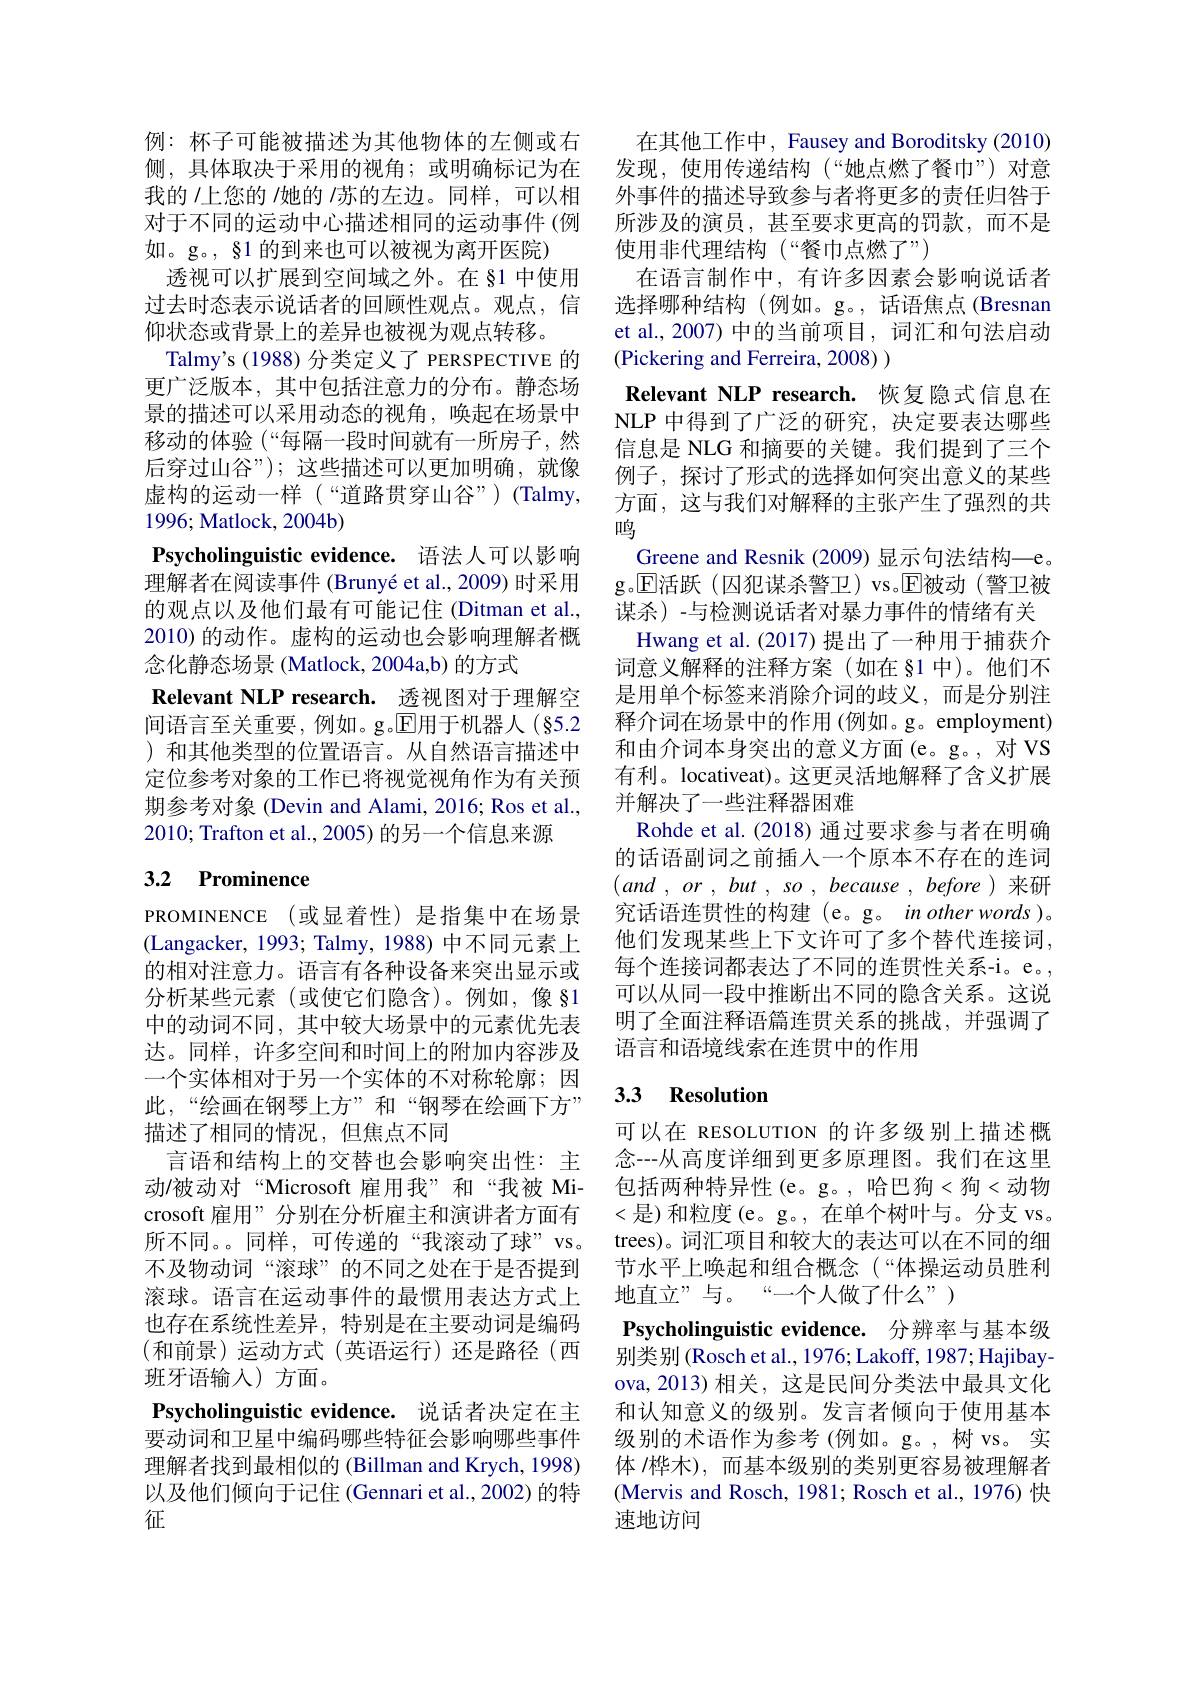
例：杯子可能被描述为其他物体的左侧或右侧，具体取决于采用的视角；或明确标记为在我的 /上您的 /她的 /苏的左边。同样，可以相对于不同的运动中心描述相同的运动事件(例如。g。, §1 的到来也可以被视为离开医院)
透视可以扩展到空间域之外。在 §1 中使用过去时态表示说话者的回顾性观点。观点，信仰状态或背景上的差异也被视为观点转移。
Talmy's (1988)分类定义了 PERSPECTIVE 的更广泛版本，其中包括注意力的分布。静态场景的描述可以采用动态的视角，唤起在场景中移动的体验(“每隔一段时间就有一所房子，然后穿过山谷”); 这些描述可以更加明确，就像虚构的运动一样(“道路贯穿山谷”)(Talmy, 1996; Matlock, 2004b)
Psycholinguistic evidence. 语法人可以影响理解者在阅读事件 (Brunyé et al., 2009) 时采用的观点以及他们最有可能记住 (Ditman et al., 2010)的动作。虚构的运动也会影响理解者概念化静态场景 (Matlock, 2004a,b) 的方式
Relevant NLP research. 透视图对于理解空间语言至关重要，例如。g.$\overline{\mathrm{E}}$用于机器人(§5.2 )和其他类型的位置语言。从自然语言描述中定位参考对象的工作已将视觉视角作为有关预期参考对象 (Devin and Alami, 2016; Ros et al., 2010; Trafton et al., 2005) 的另一个信息来源

## 3.2 Prominence

PROMINENCE (或显着性)是指集中在场景(Langacker, 1993; Talmy, 1988) 中不同元素上的相对注意力。语言有各种设备来突出显示或分析某些元素(或使它们隐含)。例如，像§1中的动词不同，其中较大场景中的元素优先表达。同样，许多空间和时间上的附加内容涉及一个实体相对于另一个实体的不对称轮廓；因此，“绘画在钢琴上方”和“钢琴在绘画下方” 描述了相同的情况，但焦点不同
言语和结构上的交替也会影响突出性：主动/被动对“Microsoft 雇用我”和“我被 Microsoft 雇用”分别在分析雇主和演讲者方面有所不同。。同样，可传递的“我滚动了球”vs。不及物动词“滚球”的不同之处在于是否提到滚球。语言在运动事件的最惯用表达方式上也存在系统性差异，特别是在主要动词是编码(和前景)运动方式(英语运行)还是路径(西班牙语输人)方面。
Psycholinguistic evidence. 说话者决定在主要动词和卫星中编码哪些特征会影响哪些事件理解者找到最相似的 (Billman and Krych, 1998) 以及他们倾向于记住 (Gennari et al.,2002)的特征

在其他工作中，Fausey and Boroditsky (2010) 发现，使用传递结构(“她点燃了餐巾”)对意外事件的描述导致参与者将更多的责任归咎于所涉及的演员，甚至要求更高的罚款，而不是使用非代理结构(“餐巾点燃了”)
在语言制作中，有许多因素会影响说话者选择哪种结构 (例如。g。, 话语焦点 (Bresnan et al., 2007) 中的当前项目，词汇和句法启动(Pickering and Ferreira, 2008) )
Relevant NLP research. 恢复隐式信息在NLP 中得到了广泛的研究，决定要表达哪些信息是 NLG 和摘要的关键。我们提到了三个例子，探讨了形式的选择如何突出意义的某些方面，这与我们对解释的主张产生了强烈的共鸣
Greene and Resnik (2009) 显示句法结构—e。g。$\operatorname{E}$活跃(囚犯谋杀警卫)vs。$\operatorname{E}$被动(警卫被谋杀)-与检测说话者对暴力事件的情绪有关
Hwang et al.(2017) 提出了一种用于捕获介词意义解释的注释方案(如在 §1 中)。他们不是用单个标签来消除介词的歧义，而是分别注释介词在场景中的作用(例如。g。employment) 和由介词本身突出的意义方面(e。g。, 对 VS 有利。locativeat)。这更灵活地解释了含义扩展并解决了一些注释器困难
Rohde et al. (2018) 通过要求参与者在明确的话语副词之前插人一个原本不存在的连词$( and$ , $or$ , but , $so$ , because , before )来研究话语连贯性的构建(e。g。in other words)。他们发现某些上下文许可了多个替代连接词， 每个连接词都表达了不同的连贯性关系-i。e。, 可以从同一段中推断出不同的隐含关系。这说明了全面注释语篇连贯关系的挑战，并强调了语言和语境线索在连贯中的作用

## 3.3 Resolution

可以在 RESOLUTION 的许多级别上描述概念--从高度详细到更多原理图。我们在这里包括两种特异性(e。g。, 哈巴狗<狗<动物<是)和粒度(e。g。,在单个树叶与。分支 vs。trees)。词汇项目和较大的表达可以在不同的细节水平上唤起和组合概念(“体操运动员胜利地直立”与。“一个人做了什么”)
Psycholinguistic evidence. 分辨率与基本级别类别 (Rosch et al., 1976; Lakoff, 1987; Hajibayova, 2013) 相关，这是民间分类法中最具文化和认知意义的级别。发言者倾向于使用基本级别的术语作为参考(例如。g。,树 vs。实体 /桦木),而基本级别的类别更容易被理解者(Mervis and Rosch, 1981; Rosch et al., 1976) 快速地访问